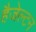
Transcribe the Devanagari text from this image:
हैजेल्टन